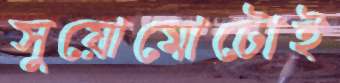
সুয়োমোটোই